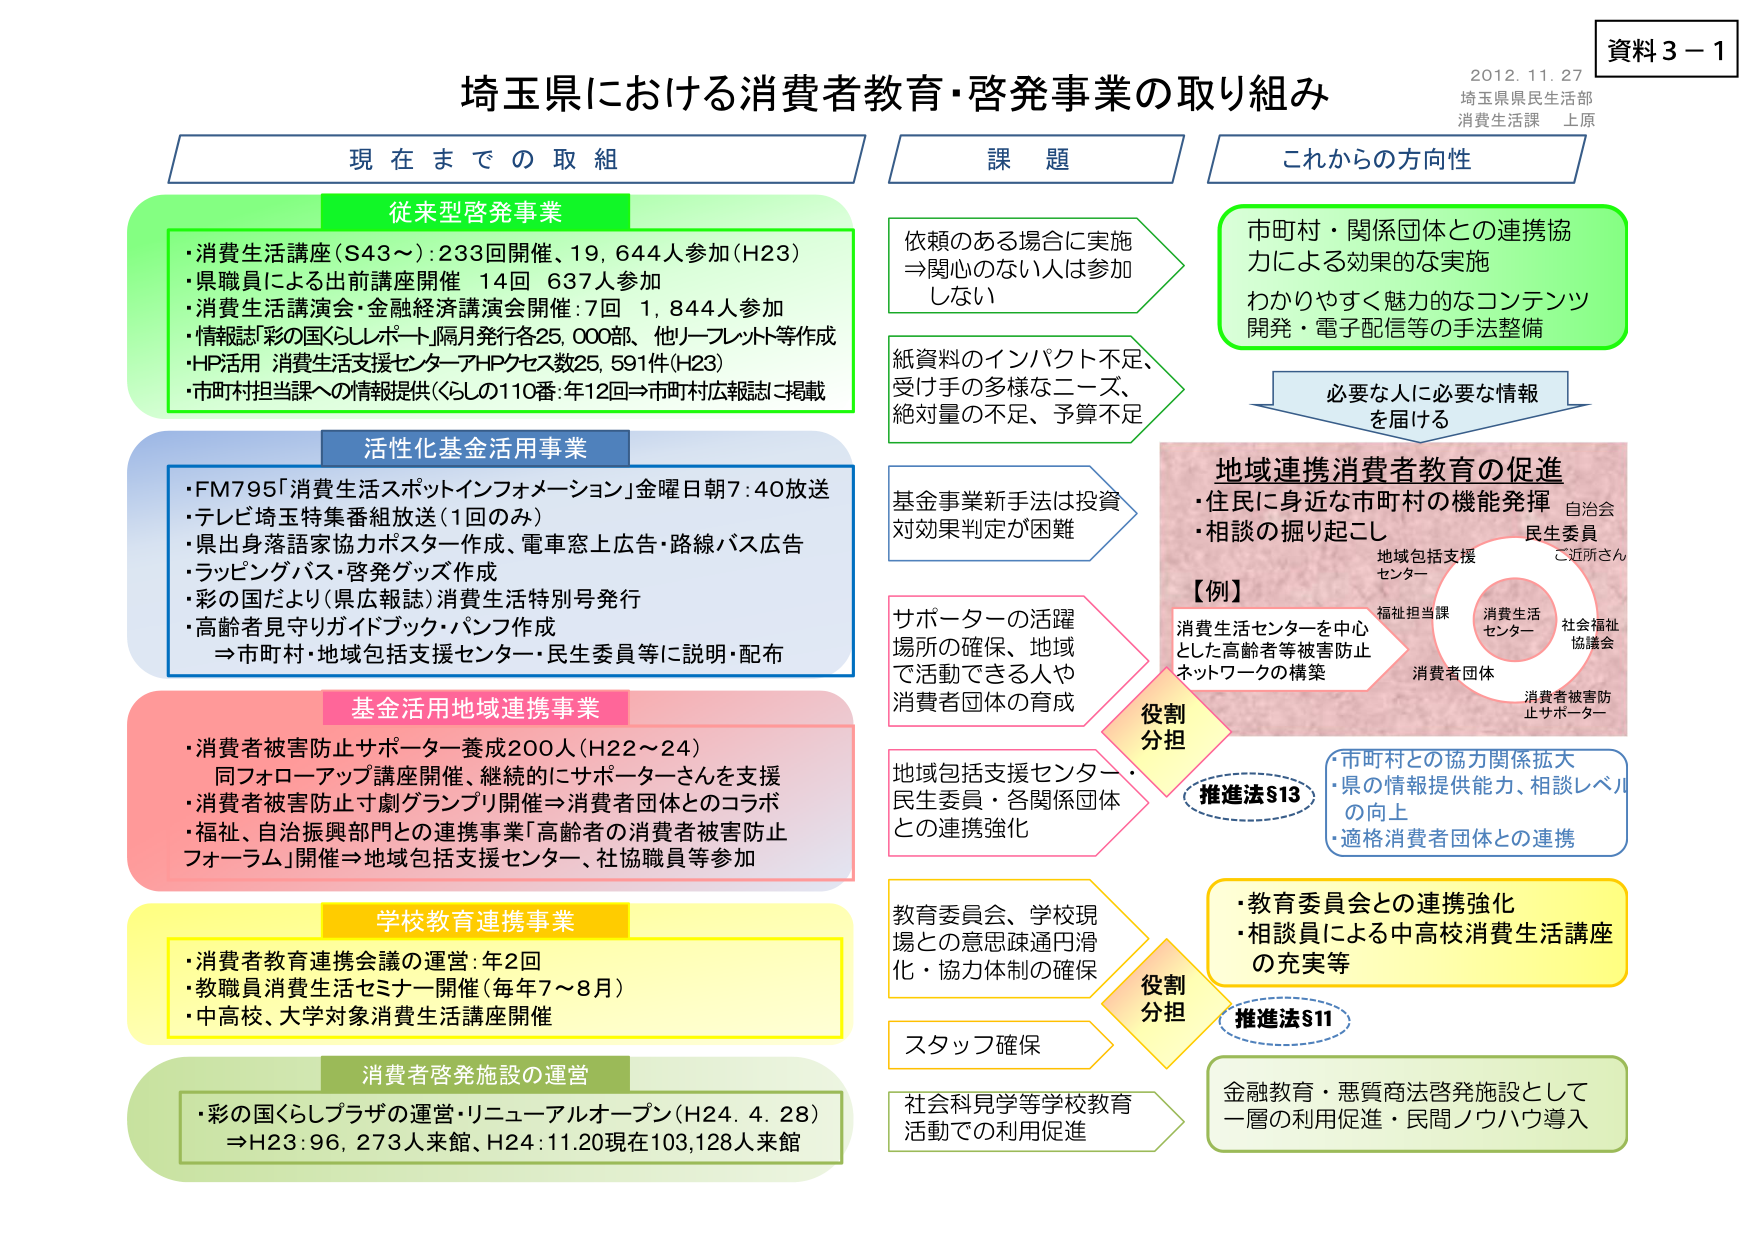
資料３－１
2012.11.27
埼玉県県民生活部
消費生活課 上原

埼玉県における消費者教育・啓発事業の取り組み

現在までの取組

従来型啓発事業
・消費生活講座（S43～）：233回開催、19,644人参加（H23）
・県職員による出前講座開催 14回 637人参加
・消費生活講演会・金融経済講演会開催：7回 1,844人参加
・情報誌「彩の国くらしレポート」隔月発行各25,000部、他リーフレット等作成
・HP活用 消費生活支援センターHPアクセス数25,591件（H23）
・市町村担当課への情報提供（くらしの110番：年12回⇒市町村広報誌に掲載）

活性化基金活用事業
・FM795「消費生活スポットインフォメーション」金曜日朝7:40放送
・テレビ埼玉特集番組放送（1回のみ）
・県出身落語家協力ポスター作成、電車窓上広告・路線バス広告
・ラッピングバス・啓発グッズ作成
・彩の国だより（県広報誌）消費生活特別号発行
・高齢者見守りガイドブック・パンフ作成
⇒市町村・地域包括支援センター・民生委員等に説明・配布

基金活用地域連携事業
・消費者被害防止サポーター養成200人（H22～24）
　同フォローアップ講座開催、継続的にサポーターさんを支援
・消費者被害防止寸劇「グランプリ」開催⇒消費者団体とのコラボ
・福祉、自治振興部門との連携事業「高齢者の消費者被害防止フォーラム」開催⇒地域包括支援センター、社協職員等参加

学校教育連携事業
・消費者教育連携会議の運営：年2回
・教職員消費生活セミナー開催（毎年7～8月）
・中高校、大学対象消費生活講座開催

消費者啓発施設の運営
・彩の国くらしプラザの運営・リニューアルオープン（H24.4.28）
⇒H23：96,273人来館、H24：11.20現在103,128人来館

課題
依頼のある場合に実施
⇒関心のない人は参加しない

紙資料のインパクト不足、
受け手の多様なニーズ、
絶対量の不足、予算不足

基金事業新手法は投資
対効果判定が困難

サポーターの活躍
場所の確保、地域
で活動できる人や
消費者団体の育成

地域包括支援センター・
民生委員・各関係団体
との連携強化

教育委員会、学校現場
との意思疎通円滑化・協力体制の確保

スタッフ確保

社会科見学等学校教育
活動での利用促進

これからの方向性
市町村・関係団体との連携協力による効果的な実施
わかりやすく魅力的なコンテンツ開発・電子配信等の手法整備

必要な人に必要な情報を届ける

地域連携消費者教育の促進
・住民に身近な市町村の機能発揮
・相談の掘り起こし

【例】
消費生活センターを中心とした高齢者等被害防止ネットワークの構築

役割分担
推進法§13
・市町村との協力関係拡大
・県の情報提供能力、相談レベルの向上
・適格消費者団体との連携

役割分担
推進法§11
・教育委員会との連携強化
・相談員による中高校消費生活講座の充実等

金融教育・悪質商法啓発施設として
一層の利用促進・民間ノウハウ導入

（図内関係団体）
地域包括支援センター
福祉担当課
消費者生活センター
社会福祉協議会
消費者団体
消費者被害防止サポーター
民生委員
ご近所さん
自治会